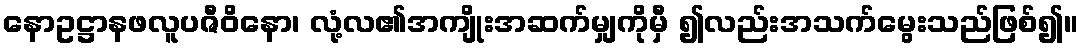
နောဥဋ္ဌာနဖလူပဇီဝိနော၊ လုံ့လ၏အကျိုးအဆက်မျှကိုမှီ ၍လည်းအသက်မွေးသည်ဖြစ်၍။